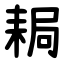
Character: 䎤